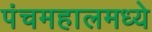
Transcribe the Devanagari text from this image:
पंचमहालमध्ये